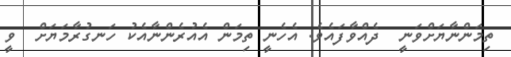
ތިމަންނާޔަށްވަނީ  ދެއްވާފައެވެ. އެހެނީ ތިމަން އެއުރެންނާއެކު ހަނގުރާމަޔަށް  ވީ